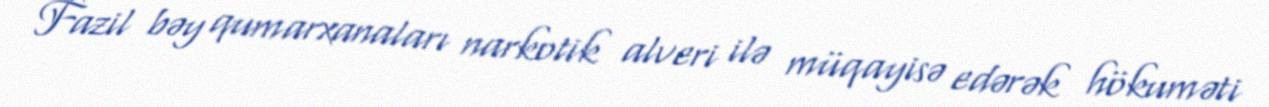
Fazil bəy qumarxanaları narkotik alveri ilə müqayisə edərək hökuməti